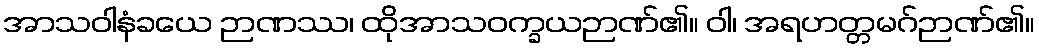
အာသဝါနံခယေ ဉာဏဿ၊ ထိုအာသဝက္ခယဉာဏ်၏။ ဝါ၊ အရဟတ္တမဂ်ဉာဏ်၏။